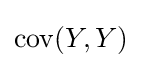
\operatorname {cov} (Y,Y)